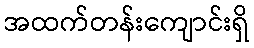
အထက်တန်းကျောင်းရှိ